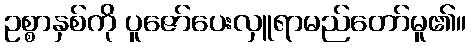
ဥစ္စာနှစ်ကို ပူဇော်ပေးလှူရာမည်တော်မူ၏။